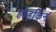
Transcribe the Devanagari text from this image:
होड़किन